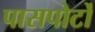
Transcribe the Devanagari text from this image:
पासपोर्टों